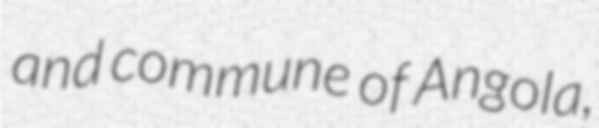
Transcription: and commune of Angola,